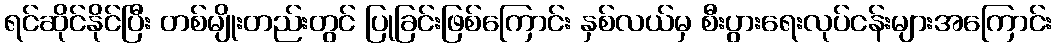
ရင်ဆိုင်နိုင်ပြီး တစ်မျိုးတည်းတွင် ပြုခြင်းဖြစ်ကြောင်း နှစ်လယ်မှ စီးပွားရေးလုပ်ငန်းများအကြောင်း